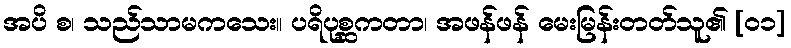
အပိ စ၊ သည်သာမကသေး။ ပရိပုစ္ဆကတာ၊ အဖန်ဖန် မေးမြန်းတတ်သူ၏ [၀၁]